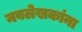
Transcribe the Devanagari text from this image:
नवलेखकांना